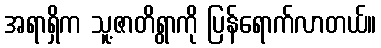
အရာရှိက သူ့ဇာတိရွာကို ပြန်ရောက်လာတယ်။